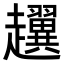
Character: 𧾰